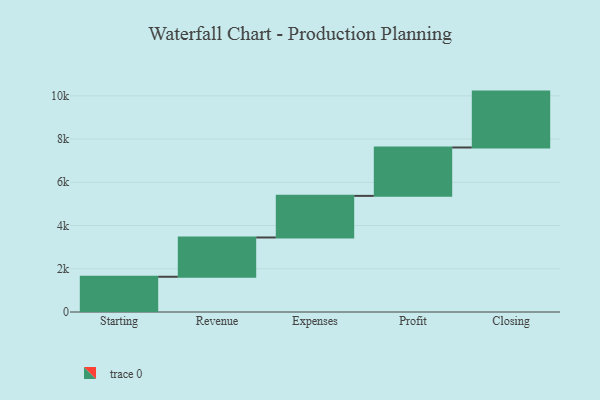
{"axis": {"x": "Step", "y": "Value"}, "legend": [""], "data": [{"x": "Starting", "y": 1630.0, "type": ""}, {"x": "Revenue", "y": 1817.0, "type": ""}, {"x": "Expenses", "y": 1925.0, "type": ""}, {"x": "Profit", "y": 2238.0, "type": ""}, {"x": "Closing", "y": 2585.0, "type": ""}]}